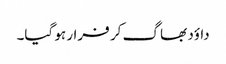
داؤد بھا گ کر فرار ہو گیا۔